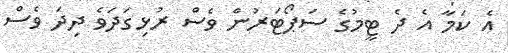
އެ ކަމާ އެ ދެ ޓީމުގެ ސަޕޯޓަރުން ވެސް ރުޅިގަދަވެ ދިދަ ވެސް